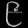
Digit: ၉